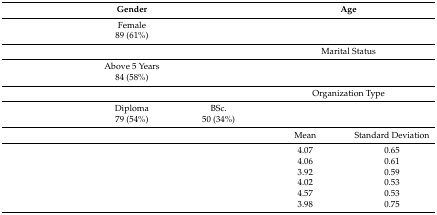
<table><thead><tr><td colspan="3"><b>Gender</b></td><td colspan="2"><b>Age</b></td></tr></thead><tbody><tr><td>[EMPTY_CELL]</td><td>Female</td><td>[EMPTY_CELL]</td><td>[EMPTY_CELL]</td><td>[EMPTY_CELL]</td></tr><tr><td>[EMPTY_CELL]</td><td>89 (61%)</td><td>[EMPTY_CELL]</td><td>[EMPTY_CELL]</td><td>[EMPTY_CELL]</td></tr><tr><td colspan="3">[EMPTY_CELL]</td><td colspan="2">Marital Status</td></tr><tr><td>[EMPTY_CELL]</td><td>Above 5 Years</td><td>[EMPTY_CELL]</td><td>[EMPTY_CELL]</td><td>[EMPTY_CELL]</td></tr><tr><td>[EMPTY_CELL]</td><td>84 (58%)</td><td>[EMPTY_CELL]</td><td>[EMPTY_CELL]</td><td>[EMPTY_CELL]</td></tr><tr><td colspan="3">[EMPTY_CELL]</td><td colspan="2">Organization Type</td></tr><tr><td>[EMPTY_CELL]</td><td>Diploma</td><td>BSc.</td><td>[EMPTY_CELL]</td><td>[EMPTY_CELL]</td></tr><tr><td>[EMPTY_CELL]</td><td>79 (54%)</td><td>50 (34%)</td><td>[EMPTY_CELL]</td><td>[EMPTY_CELL]</td></tr><tr><td colspan="3">[EMPTY_CELL]</td><td>Mean</td><td>Standard Deviation</td></tr><tr><td colspan="3">[EMPTY_CELL]</td><td>4.07</td><td>0.65</td></tr><tr><td colspan="3">[EMPTY_CELL]</td><td>4.06</td><td>0.61</td></tr><tr><td colspan="3">[EMPTY_CELL]</td><td>3.92</td><td>0.59</td></tr><tr><td colspan="3">[EMPTY_CELL]</td><td>4.02</td><td>0.53</td></tr><tr><td colspan="3">[EMPTY_CELL]</td><td>4.57</td><td>0.53</td></tr><tr><td colspan="3">[EMPTY_CELL]</td><td>3.98</td><td>0.75</td></tr></tbody></table>